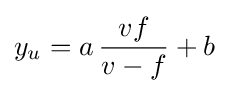
y_{u}=a\,{\frac {vf}{v-f}}+b